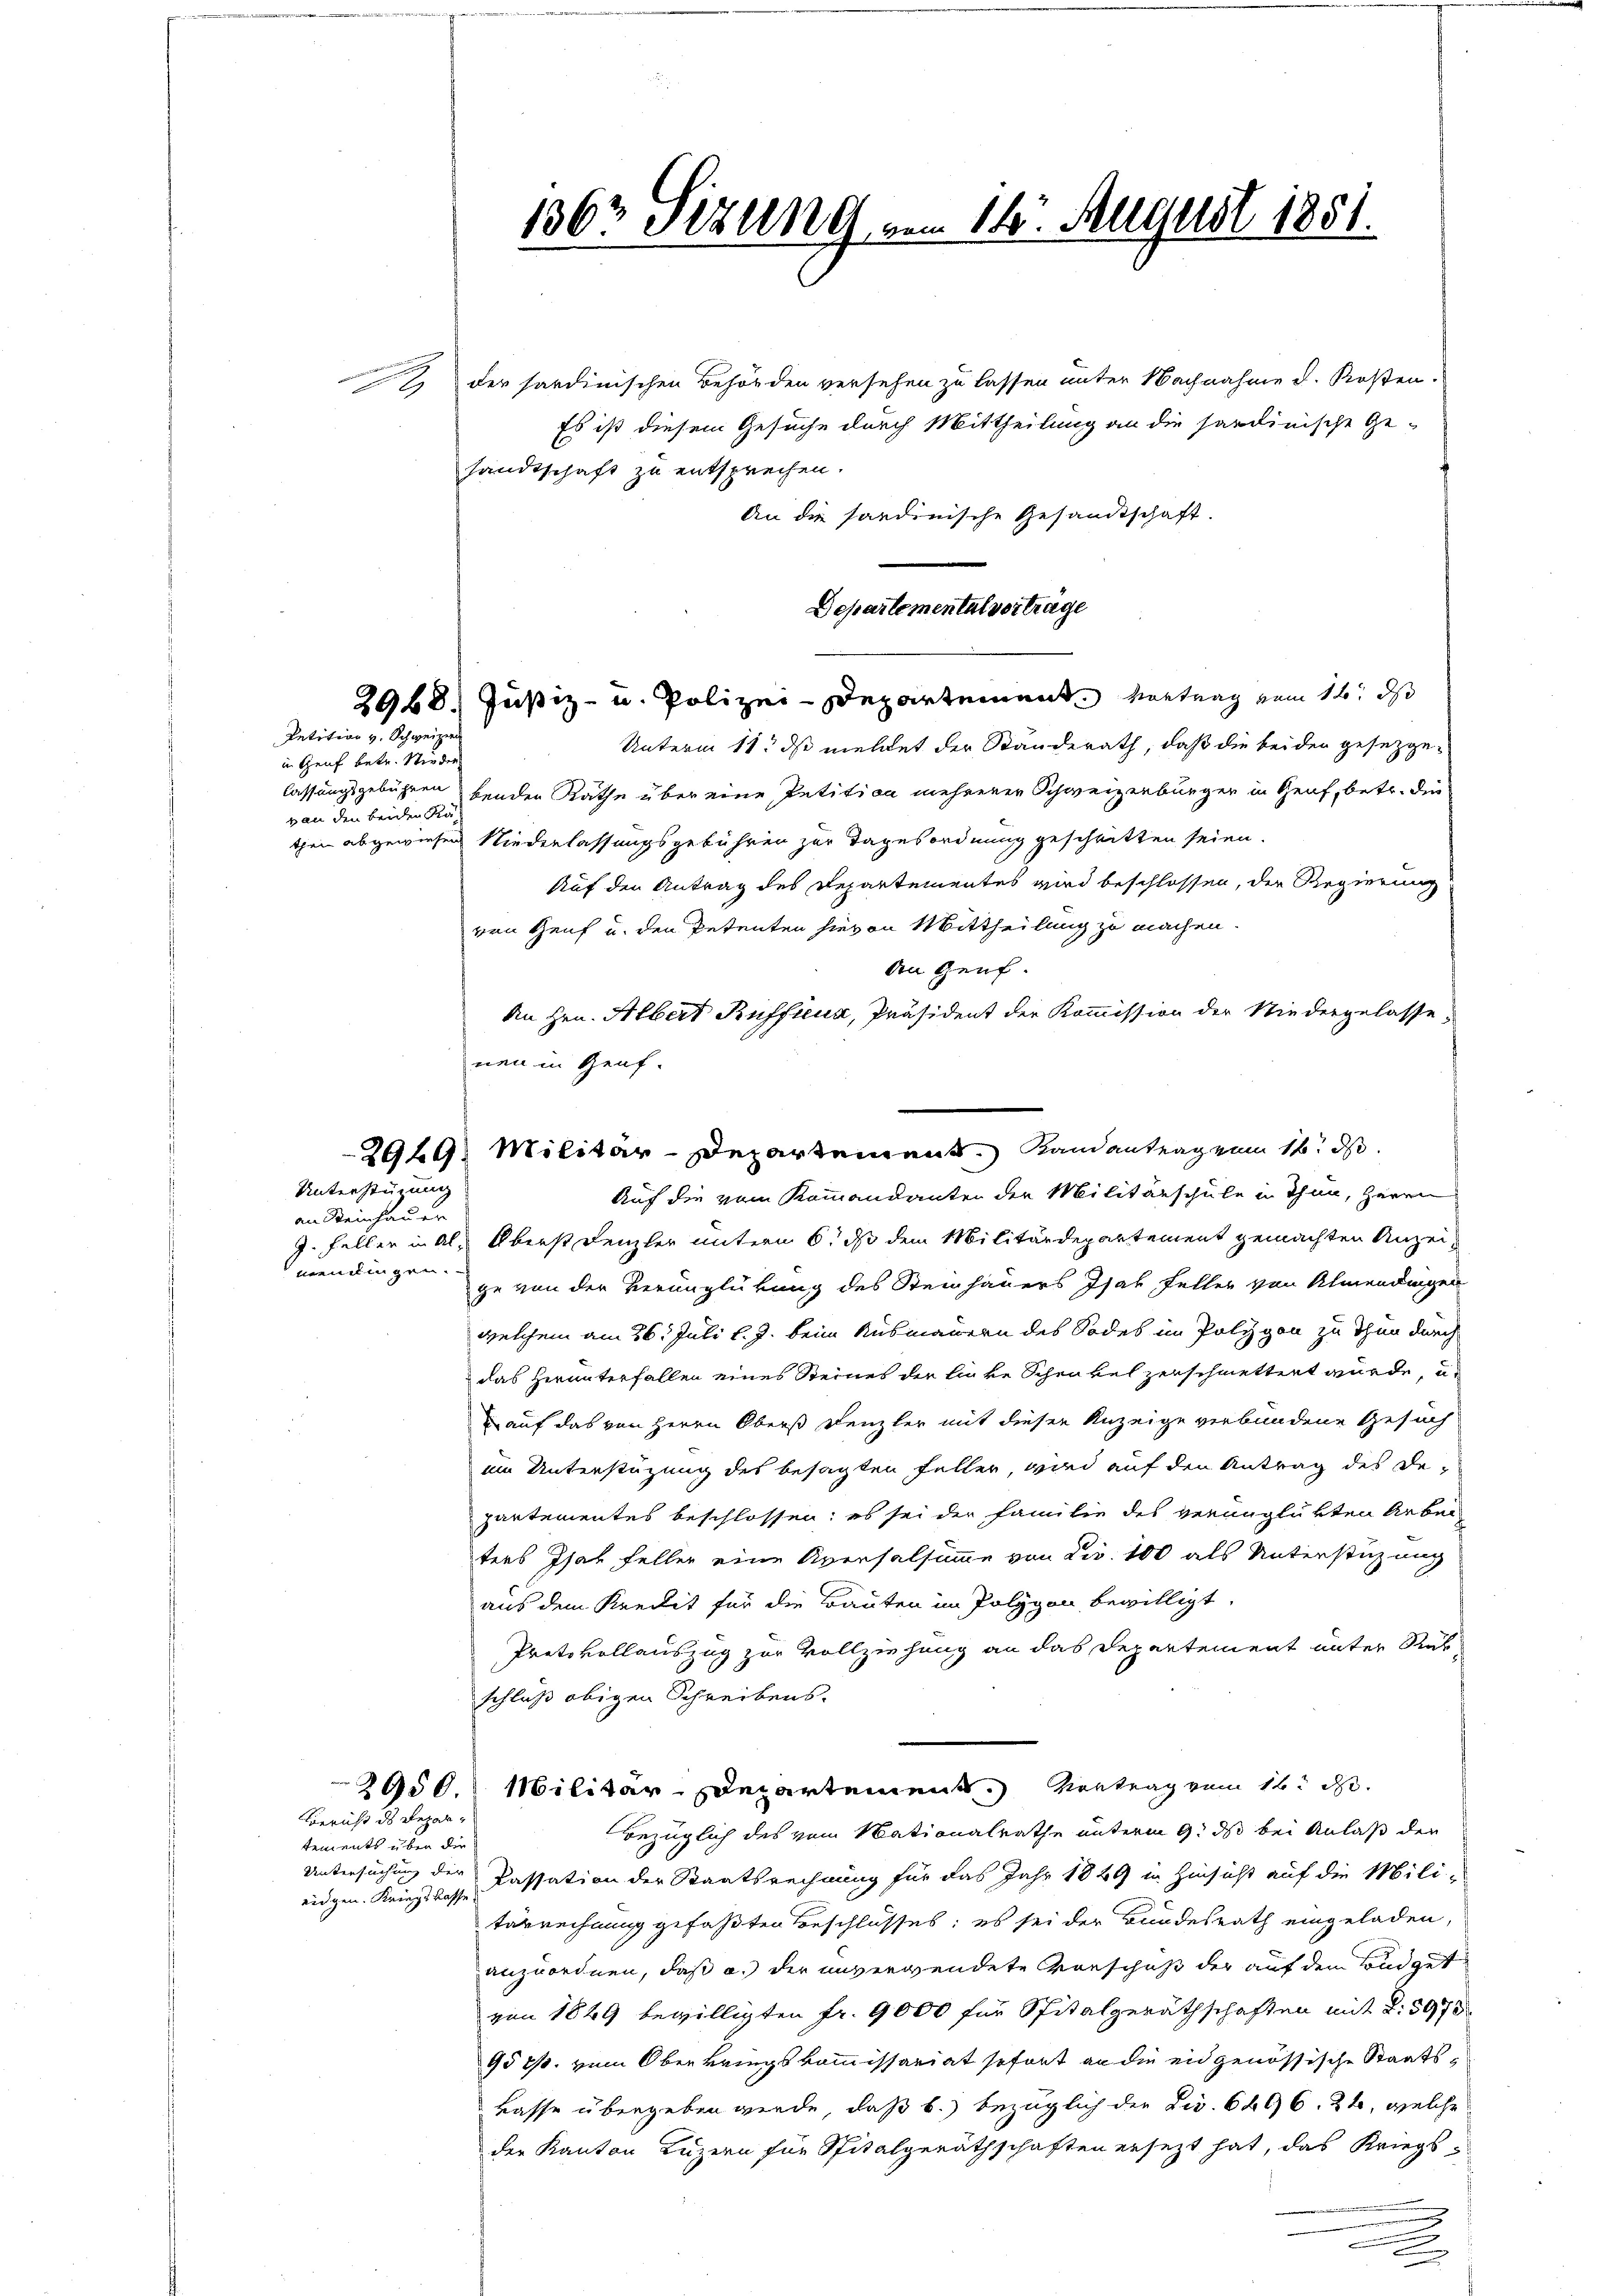
Petition v. Schweizern
in Genf betr. Wieder
von den beiden Ka

an Steinhauer
meningen.

Unterstüzung

Bericht des Bezahtements über die
eidgen. Kriegskasse

12. der sardinischen Behörden versehen zu lassen unter Nachnahme d. Kosten.
Es ist diesem Gesuche durch Mittheilung an die sardinische Ge-
sandtschaft zu entsprechen.
An die sardinische Gesandtschaft.
Unterm 11. ds meldet der Standerath, daß die beider gesezgelassungsgebühren beiden Räthe über eine Petition mehrerer Schweizerbürger in Genf, betr. die
then abgewiesen Niederlassungsgebühren zur Tagesordnung geschritten seien.
Auf den Antrag des Departementes wird beschlossen, die Regierung
ven Genf u. den Petenten hievon Mittheilung zu machen.
den Genf.
An Hrn. Albert Kuffieua, Präsident der Kommission der Niedergelasse-
nen in Genf.
Auf die vom Kommandanten der Militärschule in Thun, Herrn
9. Feller in Al. Oberst Denzler untern 6. ds dem Militärdepartement gemachten Anzeige von der Verunglükung des Steinhauers Isak Feller von Almendingen
welchem am 26. Juli l. J. beim Ausmauern des Sodes im Polygon zu thun durch
das herunterfallen eines Steines der linke Schenkel zerschmettert würde, u.
 auf das von Herrn Oberst Denzler mit dieser Anzeige verbundene Gesuch
ein Unterstüzung des besagten Faller, wird auf den Antrag des De-
partementes beschlossen; es sei der Familie des veranglükten Arbei
ters Isak feller eine Aversalsumme von Dir. 100 als Unterstüzung
aus dem Kredit für die Bauten im Polygon bewilligt,
Protokollauszug zur Vollziehung an das Departement unter Rükschluß obigen Schreibens.
2950. Militär-Departement. Vortrag vom 16t d.
bezüglich des vom Nationalrathe unterm 9. ds bei Anlaß den
Untersuchung der Passation der Staatsrechnung für das Jahr 1849 in Hinsicht auf die Militarrechnung gefaßten Beschlusses; es sei der Bundesrath eingeladen,
anzuordnen, daß a.) der unverwendete Vorschuß der auf dem Sondgut
von 1849 bewilligten Fr. 9000 für Spitalgeräthschaften mit 2. 5978
95 Rp. vom Oberkriegskommissariat sofort an die eidgenössische Staats¬
Lasse übergeben werde, daß b.) bezüglich der Dir. 6496. 22, welche
der Kanton Luzern für Spitalgeräthschaften ersezt hat, das Kriegs-
.
.

1363 Sizung vom 14. Aus

Departemental vertrage
2968. Justiz- u. Polizei-Departement. Vortrag vom 12. ds

2929. Militär-Departement. Landantrag zum 16. ds.

1851.